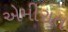
એમીરાત